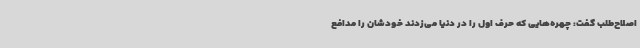
اصلاح‌طلب گفت: چهره‌هایی که حرف اول را در دنیا می‌زدند خودشان را مدافع